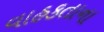
વાહકતાના